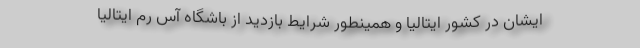
ایشان در کشور ایتالیا و همینطور شرایط بازدید از باشگاه آس رم ایتالیا